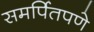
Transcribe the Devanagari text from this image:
समर्पितपणे